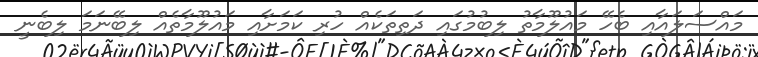
މައްސަލައާއި ބެހޭ މައުލޫމާތު ލިބުމުގައި ދަތިތަކެއް ހުރި ކަމަށާއި މައުލޫމާތެއް ލިބޭނަމަ ލިބެނީ